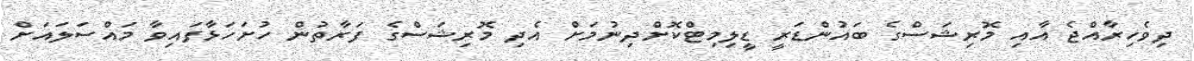
ދިވެހިރާއްޖެ އާއި މޮރިޝަސްގެ ބައުންޑަރީ ޑީލިމިޓްކޮށްދިނުމަށް އެދި މޮރިޝަސްގެ ފަރާތުން ހުށަހަޅާފައިވާ މައްސަލައަށް